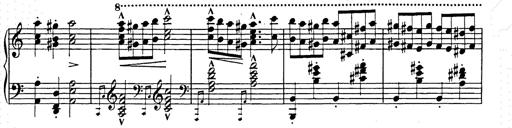
Title: Hungarian Rhapsody No.15
Composer: Franz Liszt
Key: A minor